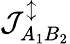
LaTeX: \mathcal{J}_{A_{1}B_{2}}^{\updownarrow}